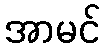
အာမင်